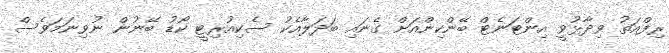
ރިފްއަތު ވިދާޅުވީ އިންޓަނެޓް ބޭންކިންއަށް ގެނައި ބަދަލާއެކު ސެކިއުރިޓީ ކޯޑު ބޭނުން ނުވިނަމަވެސް